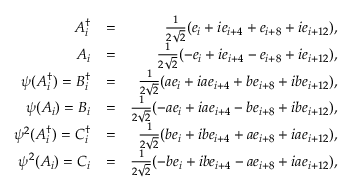
\begin{array} { r l r } { A _ { i } ^ { \dagger } } & { = } & { \frac { 1 } { 2 \sqrt { 2 } } ( e _ { i } + i e _ { i + 4 } + e _ { i + 8 } + i e _ { i + 1 2 } ) , } \\ { A _ { i } } & { = } & { \frac { 1 } { 2 \sqrt { 2 } } ( - e _ { i } + i e _ { i + 4 } - e _ { i + 8 } + i e _ { i + 1 2 } ) , } \\ { \psi ( A _ { i } ^ { \dagger } ) = B _ { i } ^ { \dagger } } & { = } & { \frac { 1 } { 2 \sqrt { 2 } } ( a e _ { i } + i a e _ { i + 4 } + b e _ { i + 8 } + i b e _ { i + 1 2 } ) , } \\ { \psi ( A _ { i } ) = B _ { i } } & { = } & { \frac { 1 } { 2 \sqrt { 2 } } ( - a e _ { i } + i a e _ { i + 4 } - b e _ { i + 8 } + i b e _ { i + 1 2 } ) , } \\ { \psi ^ { 2 } ( A _ { i } ^ { \dagger } ) = C _ { i } ^ { \dagger } } & { = } & { \frac { 1 } { 2 \sqrt { 2 } } ( b e _ { i } + i b e _ { i + 4 } + a e _ { i + 8 } + i a e _ { i + 1 2 } ) , } \\ { \psi ^ { 2 } ( A _ { i } ) = C _ { i } } & { = } & { \frac { 1 } { 2 \sqrt { 2 } } ( - b e _ { i } + i b e _ { i + 4 } - a e _ { i + 8 } + i a e _ { i + 1 2 } ) , } \end{array}